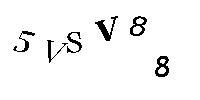
5VSV88